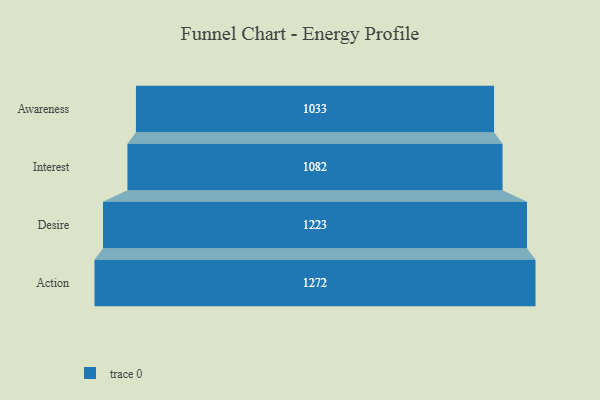
{"axis": {"x": "Stage", "y": "Value"}, "legend": [""], "data": [{"x": "Awareness", "y": 1033.0, "type": ""}, {"x": "Interest", "y": 1082.0, "type": ""}, {"x": "Desire", "y": 1223.0, "type": ""}, {"x": "Action", "y": 1272.0, "type": ""}]}